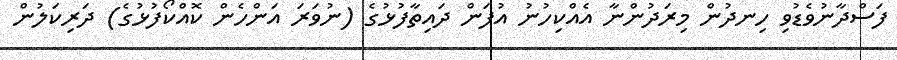
ފަސްދާނުވެޑުވި ހިނދުން މިރަދުންނާ އެއްކިހުނު އުފަން ދައިތާފުޅުގެ (ނުވަރަ އަންހެން ކޮއްކޯފުޅުގެ) ދަރިކަލުން